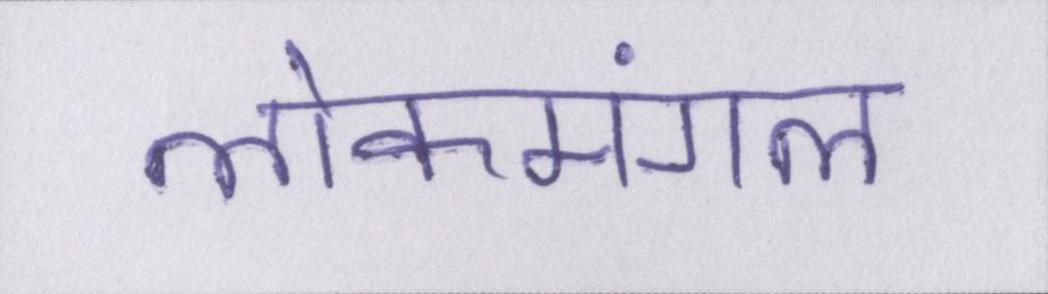
लोकमंगल